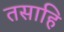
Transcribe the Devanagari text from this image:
तसाहि